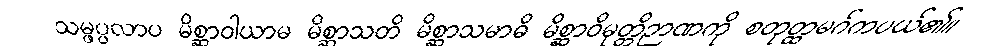
သမ္ဖပ္ပလာပ မိစ္ဆာဝါယာမ မိစ္ဆာသတိ မိစ္ဆာသမာဓိ မိစ္ဆာဝိမုတ္တိဉာဏကို စတုတ္ထမဂ်ကပယ်၏။